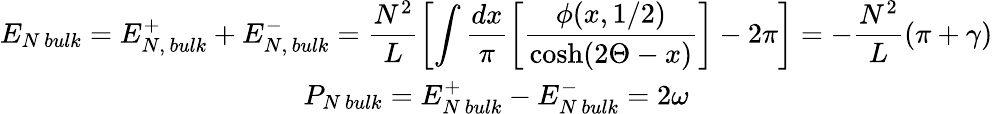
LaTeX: \begin{array}{c}{{E_{N\, bulk}=E_{N,\, bulk}^{+}+E_{N,\, bulk}^{-}=\displaystyle\frac{N^{2}}{L}\left[\displaystyle\int\displaystyle\frac{dx}{\pi}\left[\displaystyle\frac{\phi(x,1/2)}{\cosh(2\Theta-x)}\right]-2\pi\right]=-\displaystyle\frac{N^{2}}{L}(\pi+\gamma)}}\\ {{P_{N\, bulk}=E_{N\, bulk}^{+}-E_{N\, bulk}^{-}=2\omega}}\end{array}